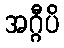
အဂ္ဂီပိ